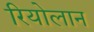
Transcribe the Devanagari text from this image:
रियोलान